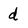
Character: d